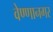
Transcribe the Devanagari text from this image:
वेण्णानगर